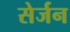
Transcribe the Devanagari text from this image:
सेर्जन